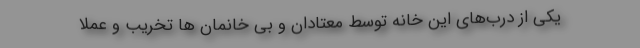
یکی از درب‌های این خانه توسط معتادان و بی خانمان ها تخریب و عملاً